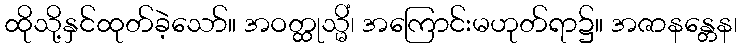
ထိုသို့နှင်ထုတ်ခဲ့သော်။ အဝတ္ထုသ္မိံ၊ အကြောင်းမဟုတ်ရာ၌။ အဇာနန္တေန၊